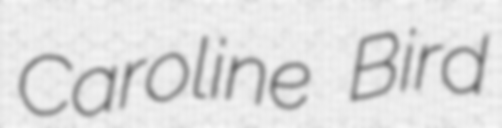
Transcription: Caroline Bird